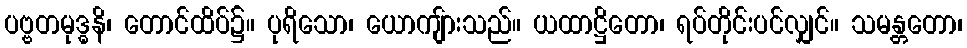
ပဗ္ဗတမုဒ္ဓနိ၊ တောင်ထိပ်၌။ ပုရိသော၊ ယောကျ်ားသည်။ ယထာဋ္ဌိတော၊ ရပ်တိုင်းပင်လျှင်။ သမန္တတော၊